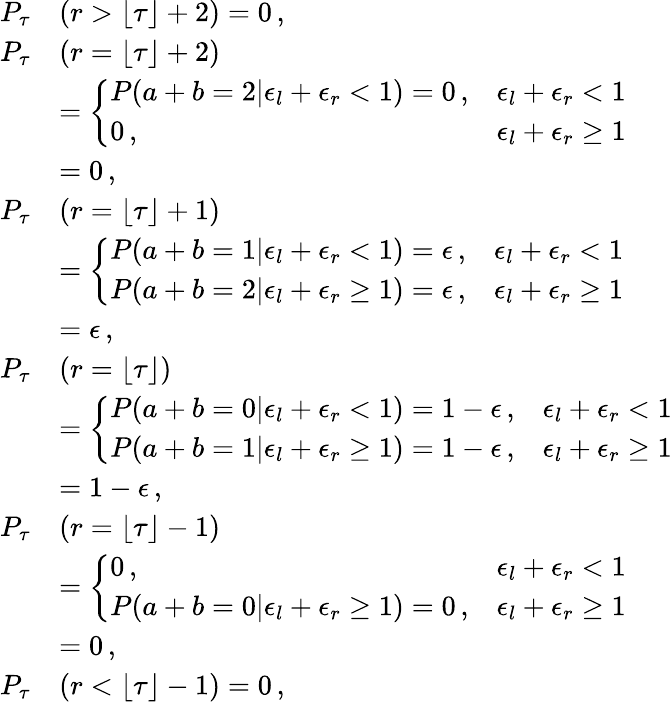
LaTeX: \begin{array}{rl}{P_{\tau}}&{(r>\lfloor\tau\rfloor+2)=0\, ,}\\ {P_{\tau}}&{(r=\lfloor\tau\rfloor+2)}\\ &{=\left\{ \begin{array}{ll}{P(a+b=2|\epsilon_{l}+\epsilon_{r}<1)=0\, ,}&{\epsilon_{l}+\epsilon_{r}<1}\\ {0\, ,}&{\epsilon_{l}+\epsilon_{r}\geq 1}\end{array}\right.}\\ &{=0\, ,}\\ {P_{\tau}}&{(r=\lfloor\tau\rfloor+1)}\\ &{=\left\{ \begin{array}{ll}{P(a+b=1|\epsilon_{l}+\epsilon_{r}<1)=\epsilon\, ,}&{\epsilon_{l}+\epsilon_{r}<1}\\ {P(a+b=2|\epsilon_{l}+\epsilon_{r}\geq 1)=\epsilon\, ,}&{\epsilon_{l}+\epsilon_{r}\geq 1}\end{array}\right.}\\ &{=\epsilon\, ,}\\ {P_{\tau}}&{(r=\lfloor\tau\rfloor)}\\ &{=\left\{ \begin{array}{ll}{P(a+b=0|\epsilon_{l}+\epsilon_{r}<1)=1-\epsilon\, ,}&{\epsilon_{l}+\epsilon_{r}<1}\\ {P(a+b=1|\epsilon_{l}+\epsilon_{r}\geq 1)=1-\epsilon\, ,}&{\epsilon_{l}+\epsilon_{r}\geq 1}\end{array}\right.}\\ &{=1-\epsilon\, ,}\\ {P_{\tau}}&{(r=\lfloor\tau\rfloor-1)}\\ &{=\left\{ \begin{array}{ll}{0\, ,}&{\epsilon_{l}+\epsilon_{r}<1}\\ {P(a+b=0|\epsilon_{l}+\epsilon_{r}\geq 1)=0\, ,}&{\epsilon_{l}+\epsilon_{r}\geq 1}\end{array}\right.}\\ &{=0\, ,}\\ {P_{\tau}}&{(r<\lfloor\tau\rfloor-1)=0\, ,}\end{array}